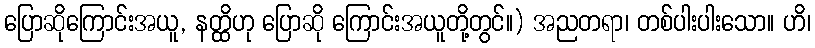
ပြောဆိုကြောင်းအယူ, နတ္ထိဟု ပြောဆို ကြောင်းအယူတို့တွင်။) အညတရာ၊ တစ်ပါးပါးသော။ ဟိ၊